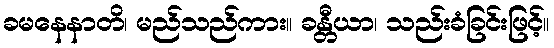
ခမနေနာတိ၊ မည်သည်ကား။ ခန္တီယာ၊ သည်းခံခြင်းဖြင့်။